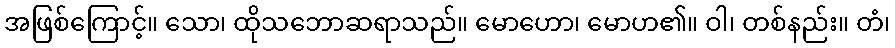
အဖြစ်ကြောင့်။ သော၊ ထိုသဘောဆရာသည်။ မောဟော၊ မောဟ၏။ ဝါ၊ တစ်နည်း။ တံ၊